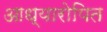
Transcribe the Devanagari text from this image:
आध्यारोपित